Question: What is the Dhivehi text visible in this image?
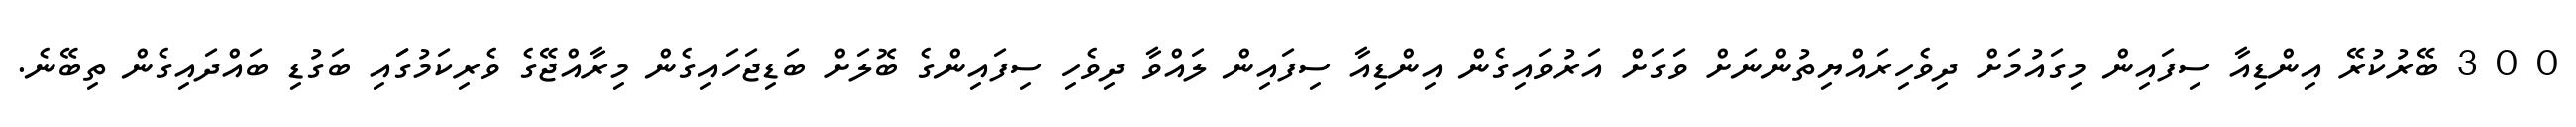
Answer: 0 0 3 ބޭރުކުރޭ އިންޑިއާ ސިފައިން މިގައުމަށް ދިވެހިރައްޔިތުންނަށް ވަގަށް އަރުވައިގެން އިންޑިއާ ސިފައިން ލައްވާ ދިވެހި ސިފައިންގެ ބޮލަށް ބަޑިޖަހައިގެން މިރާއްޖޭގެ ވެރިކަމުގަައި ބަގުޑި ބައްދައިގެން ތިބޭނެ.